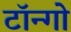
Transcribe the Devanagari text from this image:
टॉन्गो